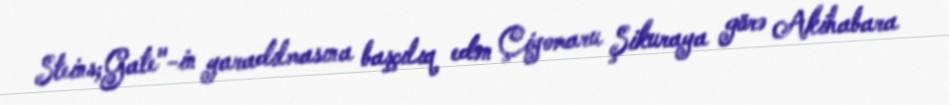
Steins;Gate"-in yaradılmasına başçılıq edən Çiyomaru Şikuraya görə Akihabara